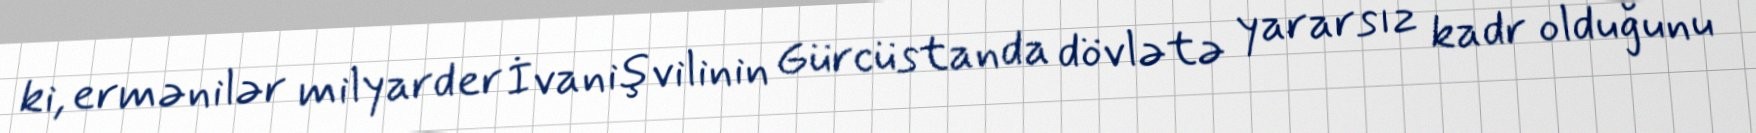
ki, ermənilər milyarder İvanişvilinin Gürcüstanda dövlətə yararsız kadr olduğunu